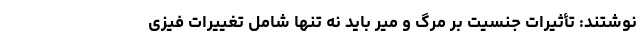
نوشتند: تأثیرات جنسیت بر مرگ و میر باید نه تنها شامل تغییرات فیزی